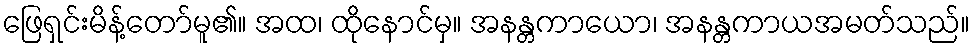
ဖြေရှင်းမိန့်တော်မူ၏။ အထ၊ ထိုနောင်မှ။ အနန္တကာယော၊ အနန္တကာယအမတ်သည်။